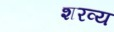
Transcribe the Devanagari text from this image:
शरव्य